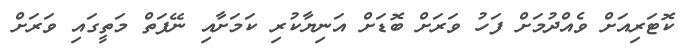
ކޮޓަރިއަށް ވެއްދުމަށް ފަހު ވަރަށް ބޮޑަށް އަނިޔާކުރި ކަމަށާއި ނޭފަތް މަތީގައި ވަރަށް